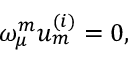
\omega _ { \mu } ^ { { m } } u _ { { m } } ^ { { ( i ) } } = 0 ,